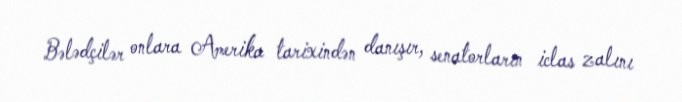
Bələdçilər onlara Amerika tarixindən danışır, senatorların iclas zalını